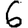
Digit: 6